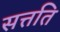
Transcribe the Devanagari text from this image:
सत्तति